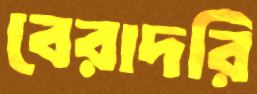
বেরাদরি